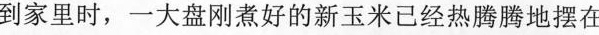
到家里时，一大盘刚煮好的新玉米已经热腾腾地摆在